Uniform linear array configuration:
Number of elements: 64
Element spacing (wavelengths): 1
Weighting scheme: blackman
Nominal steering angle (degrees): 30
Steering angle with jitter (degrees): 28.168
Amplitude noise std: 0.05
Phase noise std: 0.05

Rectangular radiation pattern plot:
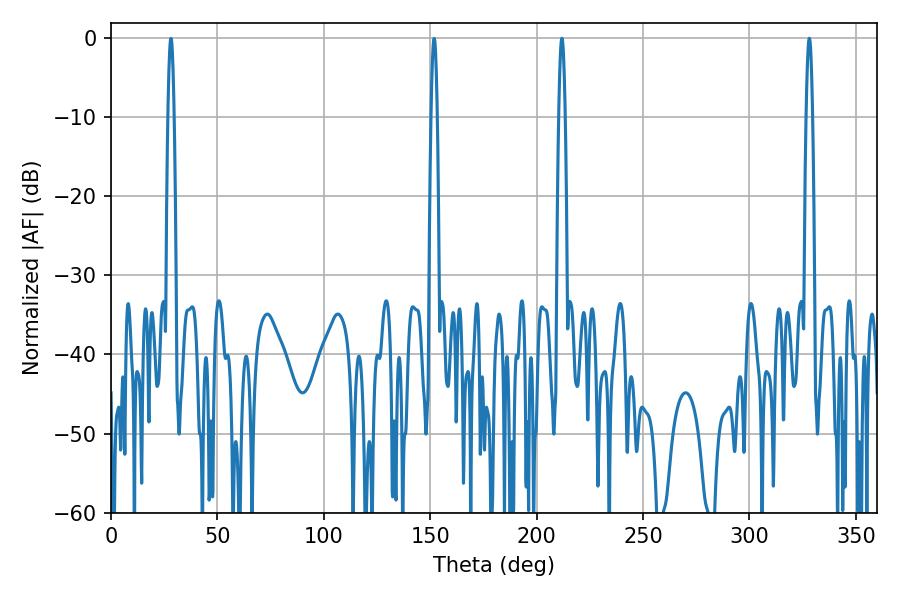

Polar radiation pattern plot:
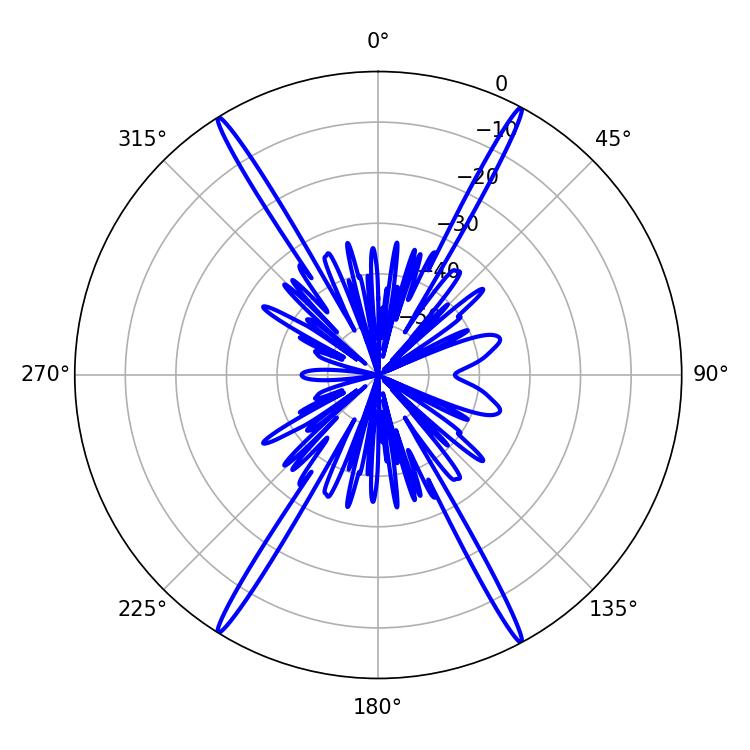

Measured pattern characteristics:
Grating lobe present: TRUE
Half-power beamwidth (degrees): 1.44
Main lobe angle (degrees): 211.86